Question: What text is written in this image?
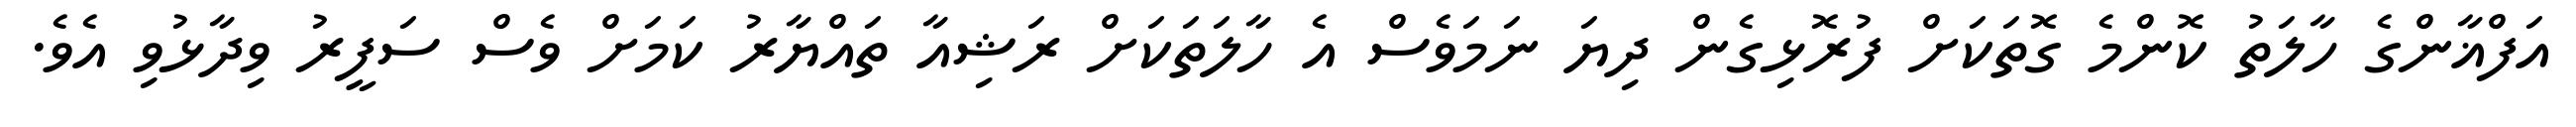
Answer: އަފްޣާންގެ ހާލަތު ކޮންމެ ގޮތަކަށް ފުރޮޅިގެން ދިޔަ ނަމަވެސް އެ ހާލަތަކަށް ރަޝިއާ ތައްޔާރު ކަމަށް ވެސް ސަފީރު ވިދާޅުވި އެވެ.